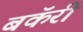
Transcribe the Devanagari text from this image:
बकॅरी